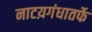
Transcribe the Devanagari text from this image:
नाटय़गंधातर्फे